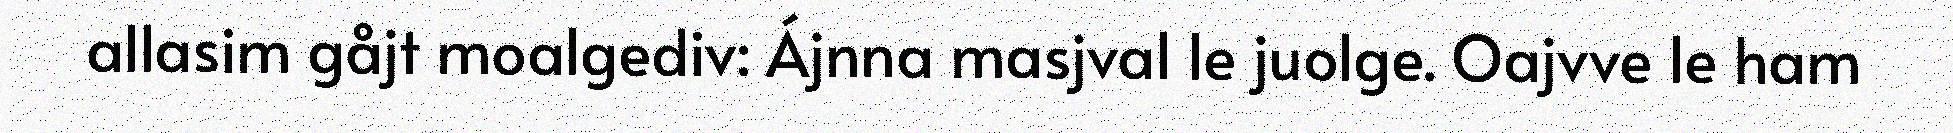
allasim gåjt moalgediv: Ájnna masjval le juolge. Oajvve le ham